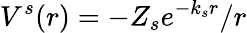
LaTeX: V^{s}(r)=-Z_{s}e^{-k_{s}r}/r